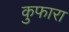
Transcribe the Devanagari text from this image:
कुफारा